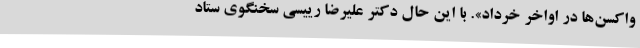
واکسن‌ها در اواخر خرداد». با این حال دکتر علیرضا رییسی سخنگوی ستاد